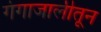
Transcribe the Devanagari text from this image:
गंगाजालीतून